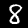
Digit: 8